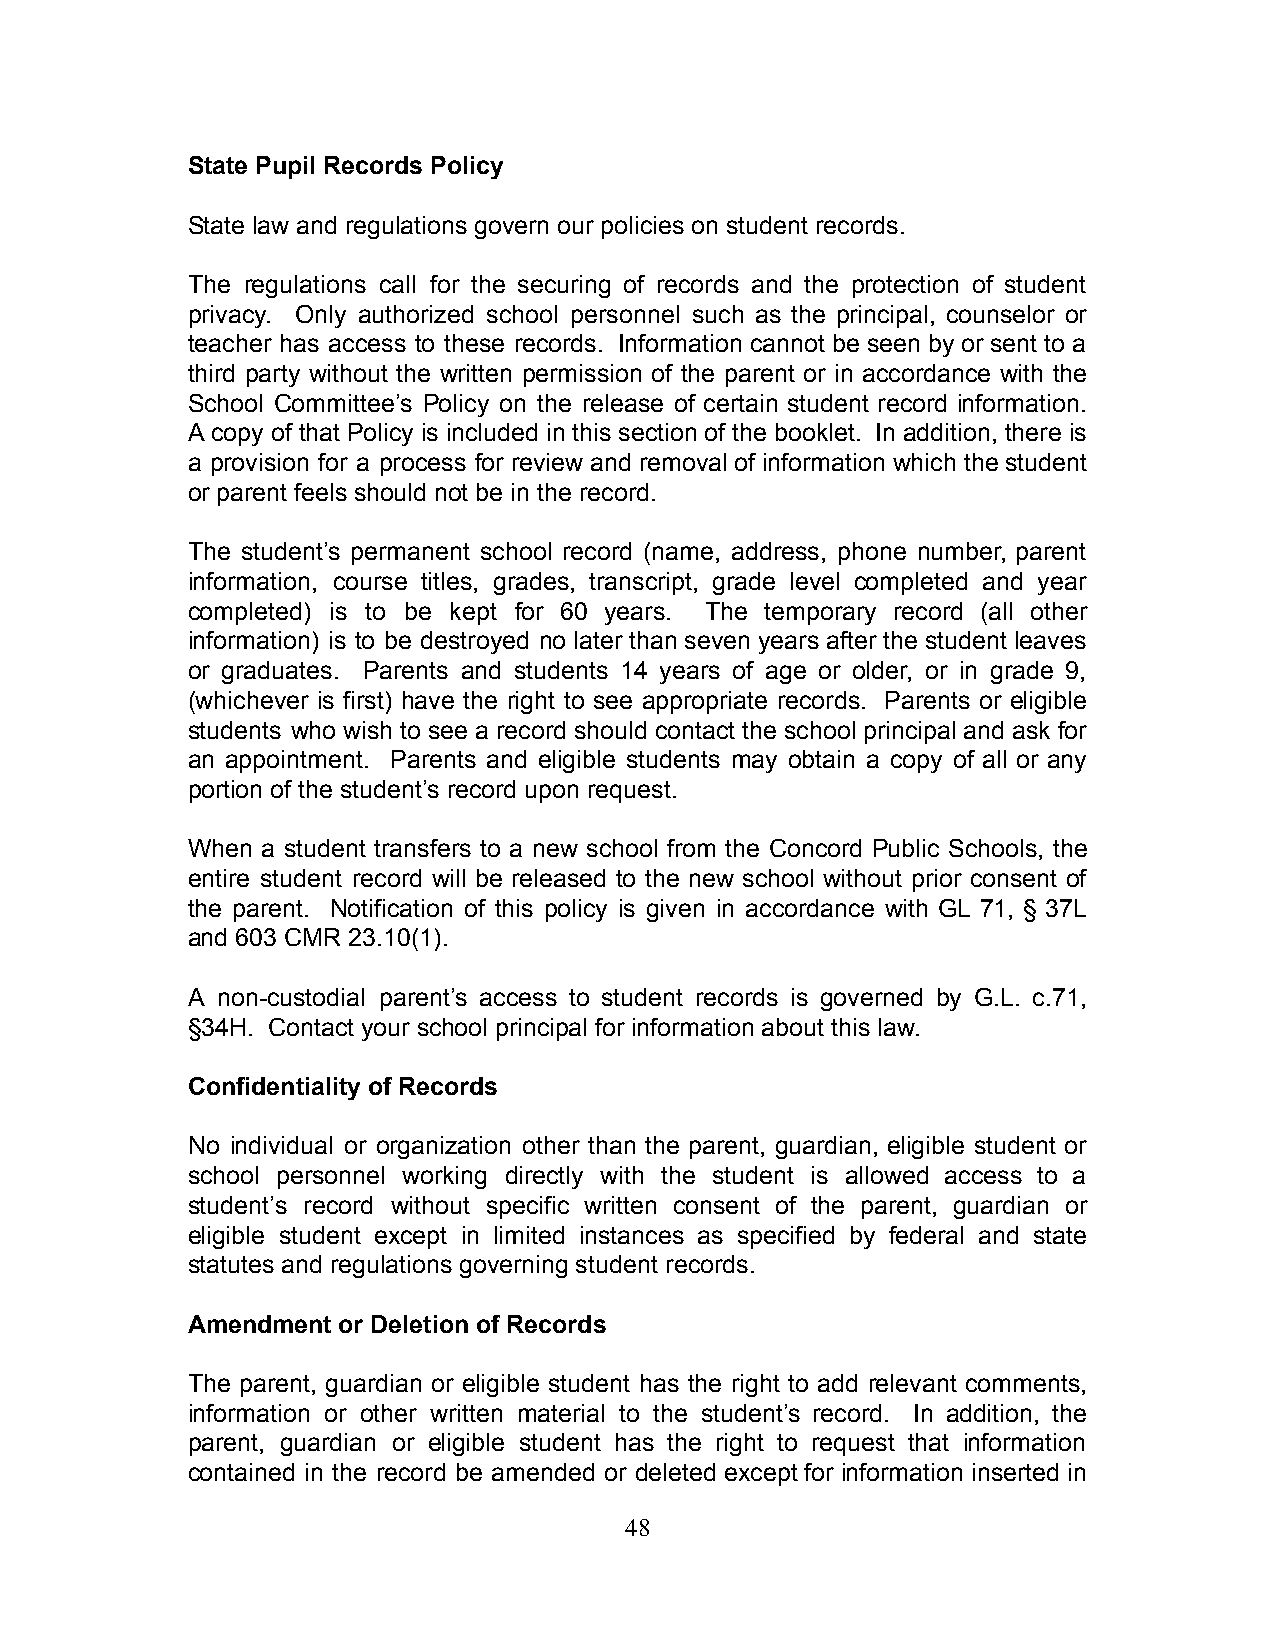
State Pupil Records Policy
 State law and regulations govern our policies on student records.
 The regulations call for the securing of records and the protection of student
 privacy. Only authorized school personnel such as the principal, counselor or
 teacher has access to these records. Information cannot be seen by or sent to a
 third party without the written permission of the parent or in accordance with the
 School Committee’s Policy on the release of certain student record information.
 A copy of that Policy is included in this section of the booklet. In addition, there is
 a provision for a process for review and removal of information which the student
 or parent feels should not be in the record.
 The student’s permanent school record (name, address, phone number, parent
 information, course titles, grades, transcript, grade level completed and year
 completed) is to be kept for 60 years. The temporary record (all other
 information) is to be destroyed no later than seven years after the student leaves
 or graduates. Parents and students 14 years of age or older, or in grade 9,
 (whichever is first) have the right to see appropriate records. Parents or eligible
 students who wish to see a record should contact the school principal and ask for
 an appointment. Parents and eligible students may obtain a copy of all or any
 portion of the student’s record upon request.
 When a student transfers to a new school from the Concord Public Schools, the
 entire student record will be released to the new school without prior consent of
 the parent. Notification of this policy is given in accordance with GL 71, § 37L
 and 603 CMR 23.10(1).
 A non-custodial parent’s access to student records is governed by G.L. c.71,
 §34H. Contact your school principal for information about this law.
 Confidentiality of Records
 No individual or organization other than the parent, guardian, eligible student or
 school personnel working directly with the student is allowed access to a
 student’s record without specific written consent of the parent, guardian or
 eligible student except in limited instances as specified by federal and state
 statutes and regulations governing student records.
 Amendment or Deletion of Records
 The parent, guardian or eligible student has the right to add relevant comments,
 information or other written material to the student’s record. In addition, the
 parent, guardian or eligible student has the right to request that information
 contained in the record be amended or deleted except for information inserted in
 48